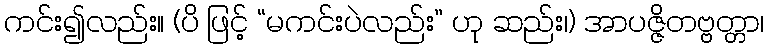
ကင်း၍လည်း။ (ပိ ဖြင့် “မကင်းပဲလည်း” ဟု ဆည်း၊) အာပဇ္ဇိတဗ္ဗတ္တာ၊